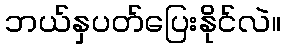
ဘယ်နှပတ်ပြေးနိုင်လဲ။